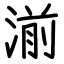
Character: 湔